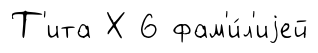
Т'ита Х 6 фам'и́л'иjей